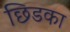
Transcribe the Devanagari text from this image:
छिडका